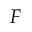
F